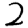
Digit: 2